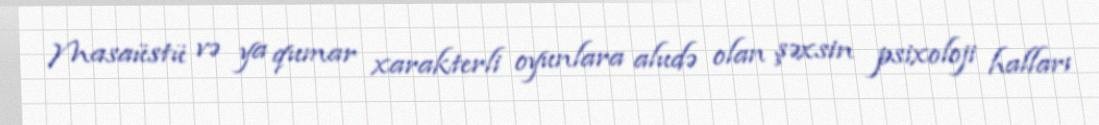
Masaüstü və ya qumar xarakterli oyunlara aludə olan şəxsin psixoloji halları